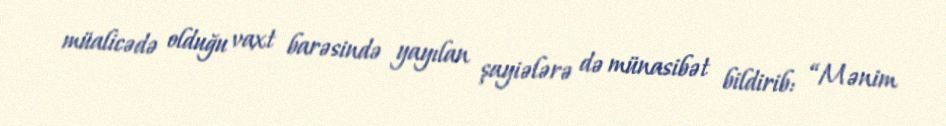
müalicədə olduğu vaxt barəsində yayılan şayiələrə də münasibət bildirib: “Mənim